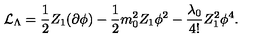
{ \cal { L } } _ { \Lambda } = \frac { 1 } { 2 } Z _ { 1 } ( \partial \phi ) - \frac { 1 } { 2 } m _ { 0 } ^ { 2 } Z _ { 1 } \phi ^ { 2 } - \frac { \lambda _ { 0 } } { 4 ! } Z _ { 1 } ^ { 2 } \phi ^ { 4 } .